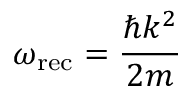
\omega _ { \mathrm { r e c } } = { \frac { \hbar k ^ { 2 } } { 2 m } }